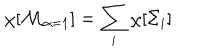
\chi [ { \cal M } _ { \alpha = 1 } ] = \sum _ { i } \chi [ \Sigma _ { i } ] ~ ~ ~